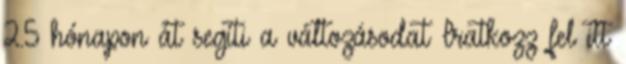
2.5 hónapon át segíti a változásodat Iratkozz fel itt